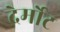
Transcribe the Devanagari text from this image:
देर्मोट